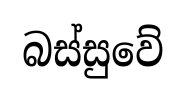
බස්සුවේ